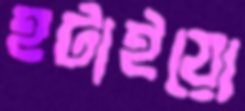
হটাইয়ো